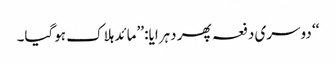
‘‘ دوسری دفعہ پھر دہرایا: ’’مائد ہلاک ہوگیا۔